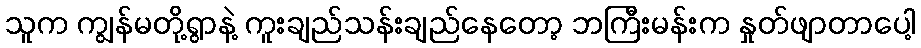
သူက ကျွန်မတို့ရွာနဲ့ ကူးချည်သန်းချည်နေတော့ ဘကြီးမန်းက နှုတ်ဖျာတာပေါ့